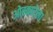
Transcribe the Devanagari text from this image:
ओस्कारेला